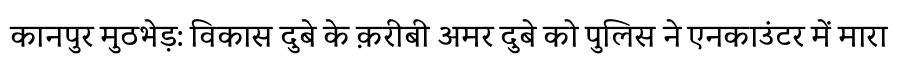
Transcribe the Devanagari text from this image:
कानपुर मुठभेड़: विकास दुबे के क़रीबी अमर दुबे को पुलिस ने एनकाउंटर में मारा